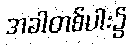
အခါတစ်ပါး၌